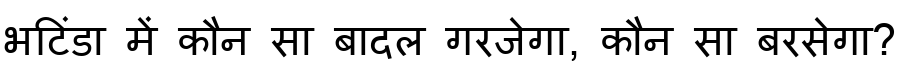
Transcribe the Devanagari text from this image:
भटिंडा में कौन सा बादल गरजेगा, कौन सा बरसेगा?